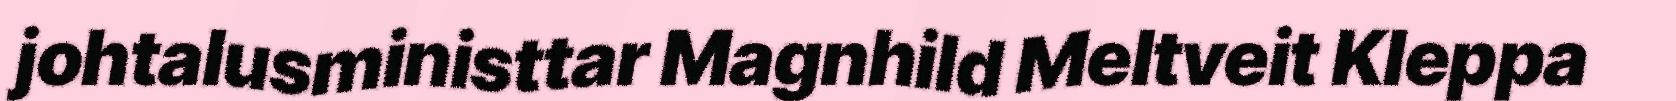
johtalusministtar Magnhild Meltveit Kleppa